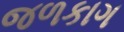
જળકાગ